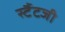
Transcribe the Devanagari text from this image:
र्स्टैटजी